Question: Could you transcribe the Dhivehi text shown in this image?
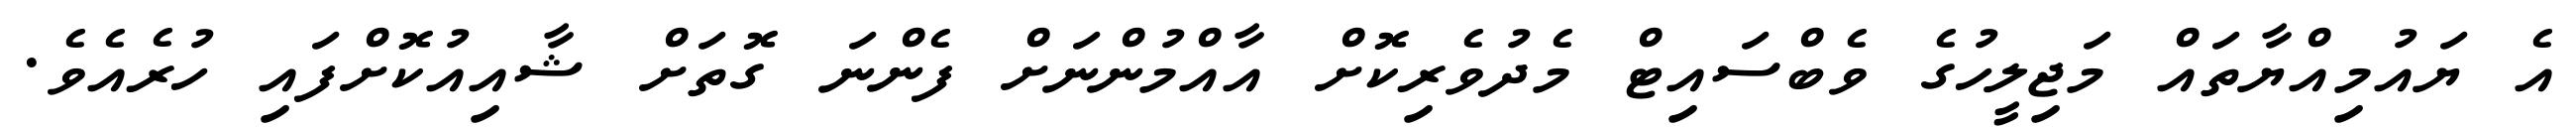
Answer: އެ ޔައުމިއްޔާތައް މަޖިލީހުގެ ވެބްސައިޓް މެދުވެރިކޮށް އާއްމުންނަށް ފެންނަ ގޮތަށް ޝާއިއުކޮށްފައި ހުރެއެވެ.